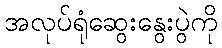
အလုပ်ရုံဆွေးနွေးပွဲကို